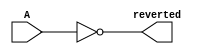
module not_gate(input [15:0] A, output [15:0] reverted);
    assign reverted = ~A;
endmodule